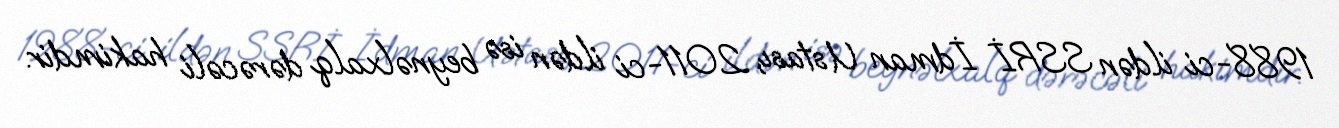
1988-ci ildən SSRİ İdman Ustası, 2011-ci ildən isə beynəlxalq dərəcəli hakimdir.